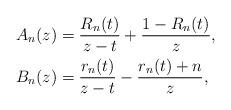
LaTeX: \begin{align*}\begin{aligned}A_{n}(z)&=\frac{R_{n}(t)}{z-t}+\frac{1-R_{n}(t)}{z},\\B_{n}(z)&=\frac{r_{n}(t)}{z-t}-\frac{r_{n}(t)+n}{z},\end{aligned}\end{align*}